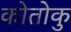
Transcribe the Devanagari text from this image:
कोतोकु